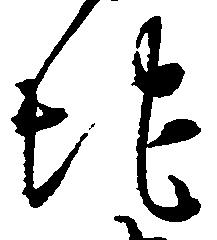
地